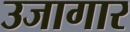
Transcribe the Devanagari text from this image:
उजागार